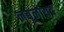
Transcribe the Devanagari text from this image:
नबूनायद